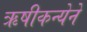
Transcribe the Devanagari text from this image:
ऋषीकन्येने